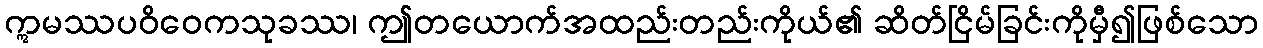
ဣမဿပဝိဝေကသုခဿ၊ ဤတယောက်အထည်းတည်းကိုယ်၏ ဆိတ်ငြိမ်ခြင်းကိုမှီ၍ဖြစ်သော